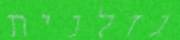
גזלנית